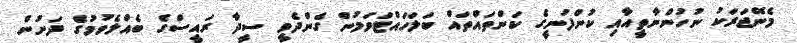
މެނޭޖަރަކު ނުހުންނާތީއާއި ކުންފުނީގެ ކަންތައްތައް ބަލަހައްޓަވަމުން ގެންދެވީ ސީދާ ރައީސްގެ ބެއްލެވުމުގެ ދަށުން